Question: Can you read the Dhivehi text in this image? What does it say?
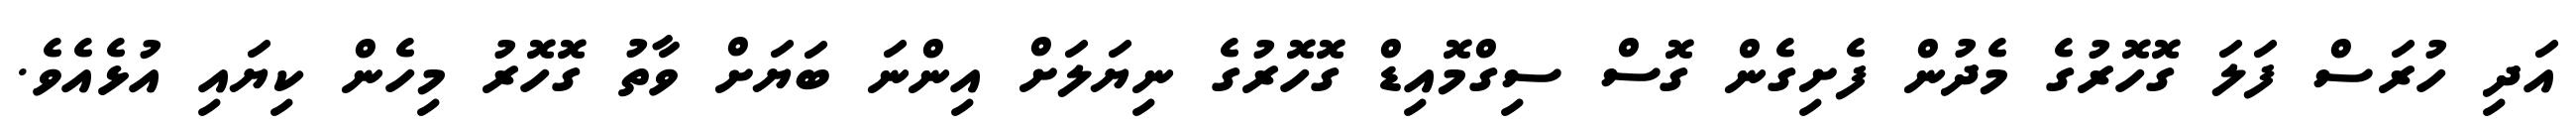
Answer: އަދި ހުރަސް ފަލަ ގޮހޮރުގެ މެދުން ފެށިގެން ގޮސް ސިގްމޮއިޑް ގޮހޮރުގެ ނިޔަލަށް އިންނަ ބަޔަށް ވާތު ގޮހޮރު މިހެން ކިޔައި އުޅެއެވެ.